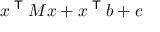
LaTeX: x ^ { \textsf { T } } M x + x ^ { \textsf { T } } b + c